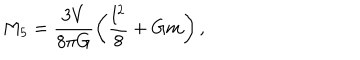
LaTeX: M _ { 5 } = \frac { 3 V } { 8 \pi G } \left( \frac { l ^ { 2 } } { 8 } + G m \right) ,